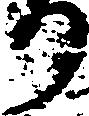
り